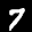
Label: 7